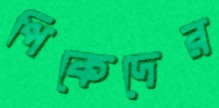
পিকেদের